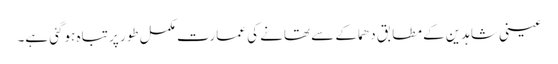
عینی شاہدین کے مطابق دھماکے سے تھانے کی عمارت مکمل طور پر تباہ ہوگئی ہے۔